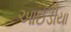
આઈડીયા